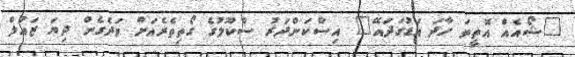
"ޝޯއެއް އޮތީތަ ހާދަ އަޑުގަދައޭ" އިސްކަންދަރު ސްކޫލުގެ ގޯތިތެރެއަށް ވަދެގެން ދިޔަ ޒައުލް